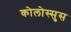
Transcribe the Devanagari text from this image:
कोलोस्सुस